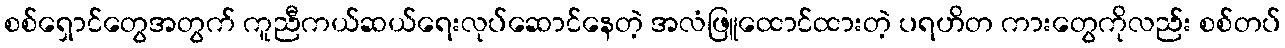
စစ်ရှောင်တွေအတွက် ကူညီကယ်ဆယ်ရေးလုပ်ဆောင်နေတဲ့ အလံဖြူထောင်ထားတဲ့ ပရဟိတ ကားတွေကိုလည်း စစ်တပ်